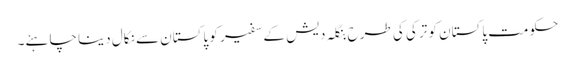
حکومت پاکستان کو ترکی کی طرح بنگلہ دیش کے سفیر کو پاکستان سے نکال دینا چاہئے۔